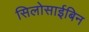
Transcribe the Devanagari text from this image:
सिलोसाईबिन